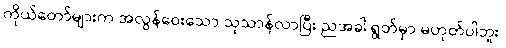
ကိုယ်တော်များက အလွန်ဝေးသော သုသာန်လာပြီး ညအခါ ရွတ်မှာ မဟုတ်ပါဘူး၊